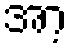
အာ့